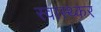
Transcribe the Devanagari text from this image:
स्वास्थ्कर